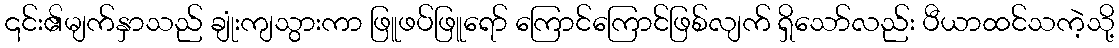
၎င်း၏မျက်နှာသည် ချုံးကျသွားကာ ဖြူဖပ်ဖြူရော် ကြောင်ကြောင်ဖြစ်လျက် ရှိသော်လည်း ပီယာထင်သကဲ့သို့